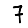
Digit: 7